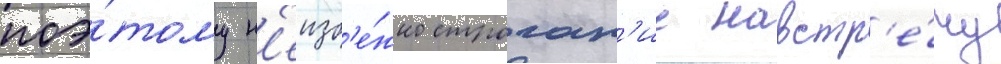
поэ́тому н'еизб'е́жно строган'ие навстр'е́чу